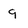
Character: 9